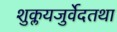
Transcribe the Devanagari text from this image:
शुक्लयजुर्वेदतथा